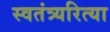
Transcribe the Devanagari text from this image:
स्वतंत्र्यरित्या